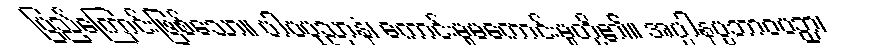
ပြည့်ကြောင်းဖြစ်သော။ ပါပပုညာနံ၊ ကောင်းမှုမကောင်းမှုတို့၏။ အပ္ပါနပ္ပဘာဝပဉှာ၊